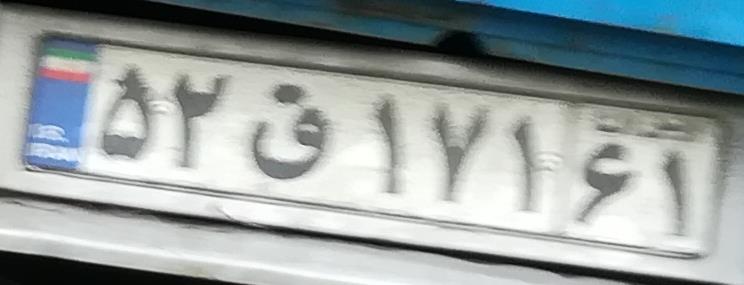
۵۲ق۱۷۱۶۱